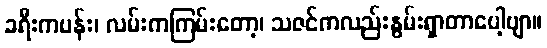
ခရီးကပန်း၊ လမ်းကကြမ်းတော့၊ သဇင်ကလည်းနွမ်းရှာတာပေါ့ဗျာ။